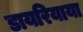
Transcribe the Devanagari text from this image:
डायरियाया